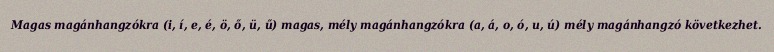
Magas magánhangzókra (i, í, e, é, ö, ő, ü, ű) magas, mély magánhangzókra (a, á, o, ó, u, ú) mély magánhangzó következhet.